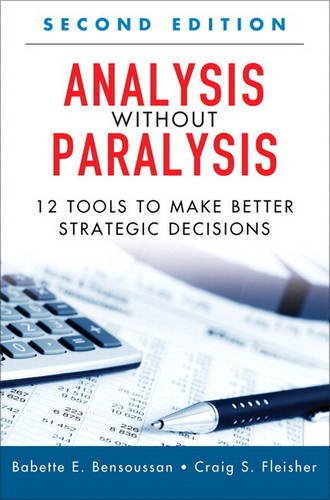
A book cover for Analysis Without Paralysis: 12 Tools to Make Better Strategic Decisions (Paperback) (2nd Edition); Babette E. Bensoussan; Business & Money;